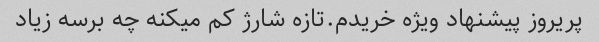
پریروز پیشنهاد ویژه خریدم.تازه شارژ کم میکنه چه برسه زیاد